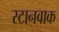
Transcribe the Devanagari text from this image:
स्टानवाक